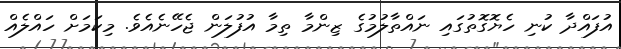
އުފައްދާ ކުނި ހެޔޮގޮތުގައި ނައްތާލުމުގެ ޒިންމާ ތިމާ އުފުލަން ޖެހޭނެއެވެ. މިކަމަށް ހައްލެއް